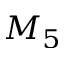
M _ { 5 }